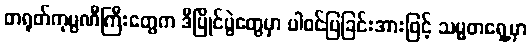
တရုတ်ကုမ္ပဏီကြီးတွေက ဒီပြိုင်ပွဲတွေမှာ ပါဝင်ပြခြင်းအားဖြင့် သမ္မတရှေ့မှာ